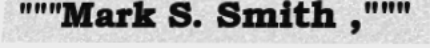
"""Mark S. Smith ,"""